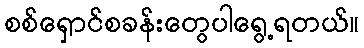
စစ်ရှောင်စခန်းတွေပါရွေ့ရတယ်။